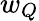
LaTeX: w_{Q}